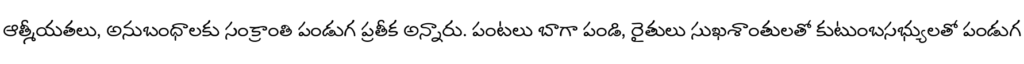
ఆత్మీయతలు, అనుబంధాలకు సంక్రాంతి పండుగ ప్రతీక అన్నారు. పంటలు బాగా పండి, రైతులు సుఖశాంతులతో కుటుంబసభ్యులతో పండుగ